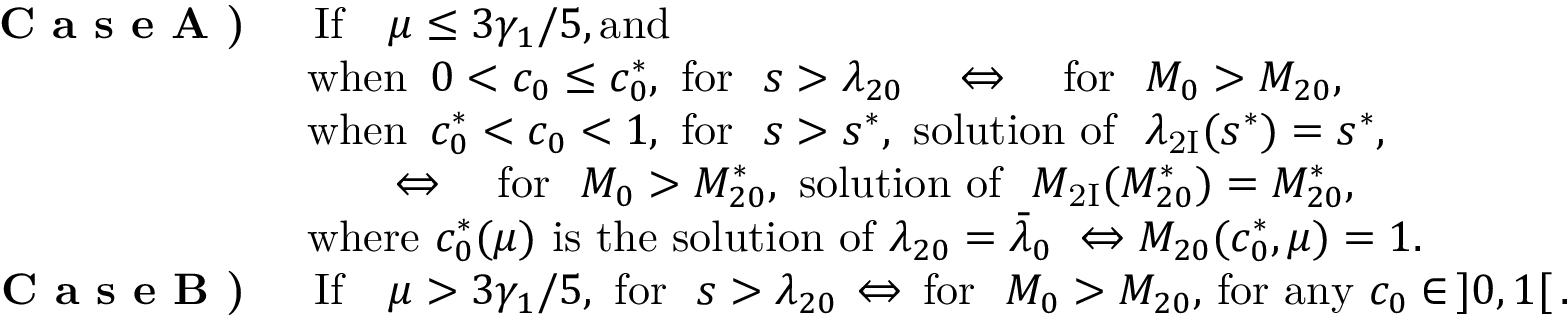
\begin{array} { r l } { \textbf { C a s e A ) } } & { \, \mathrm { I f } \quad \mu \leq { 3 \gamma _ { 1 } } / { 5 } , \mathrm { a n d ~ } } \\ & { \mathrm { w h e n } \, \, \, 0 < c _ { 0 } \leq c _ { 0 } ^ { * } , \, \, \mathrm { f o r ~ } \, \, s > \lambda _ { 2 0 } \quad \Leftrightarrow \quad \mathrm { f o r ~ } \, \, M _ { 0 } > M _ { 2 0 } , } \\ & { \mathrm { w h e n } \, \, \, c _ { 0 } ^ { * } < c _ { 0 } < 1 , \, \, \mathrm { f o r ~ } \, \, s > s ^ { * } , \, \, \mathrm { s o l u t i o n ~ o f ~ } \, \, \lambda _ { \mathrm { 2 I } } ( s ^ { * } ) = s ^ { * } , } \\ & { \qquad \Leftrightarrow \quad \mathrm { f o r ~ } \, \, M _ { 0 } > M _ { 2 0 } ^ { * } , \, \, \mathrm { s o l u t i o n ~ o f ~ } \, \, M _ { \mathrm { 2 I } } ( M _ { 2 0 } ^ { * } ) = M _ { 2 0 } ^ { * } , } \\ & { \mathrm { w h e r e } \, \, { c } _ { 0 } ^ { * } ( \mu ) \, \, \mathrm { i s ~ t h e ~ s o l u t i o n ~ o f } \, \, \lambda _ { 2 0 } = \bar { \lambda } _ { 0 } \, \, \Leftrightarrow M _ { 2 0 } ( c _ { 0 } ^ { * } , \mu ) = 1 . } \\ { \textbf { C a s e B ) } } & { \, \mathrm { I f } \quad \mu > { 3 \gamma _ { 1 } } / { 5 } , \, \, \mathrm { f o r ~ } \, \, s > \lambda _ { 2 0 } \, \Leftrightarrow \, \mathrm { f o r ~ } \, \, M _ { 0 } > M _ { 2 0 } , \, \mathrm { f o r ~ a n y } \, \, c _ { 0 } \in \, ] 0 , 1 [ \, . } \end{array}